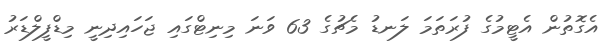
އެގޮތުން އެޓީމުގެ ފުރަތަމަ ލަނޑު މެޗުގެ 63 ވަނަ މިނިޓްގައި ޖަހައިދިނީ މިޑްފީލްޑަރު